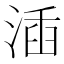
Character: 㴙